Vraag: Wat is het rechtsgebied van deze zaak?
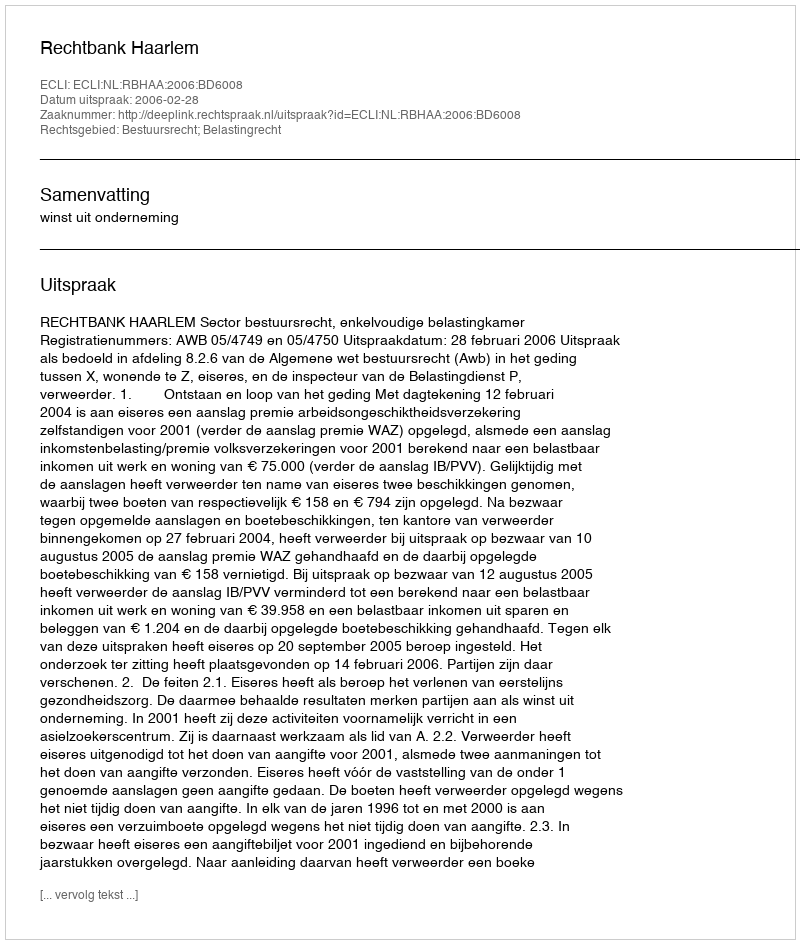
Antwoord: Bestuursrecht; Belastingrecht